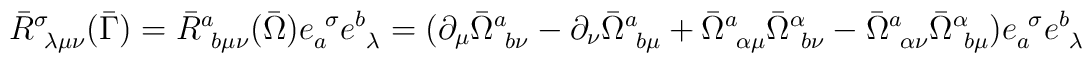
\bar{R}^\sigma_{~\lambda \mu \nu } (\bar{\Gamma}) =\bar{R}^a_{~b \mu \nu } (\bar{\Omega})  e_a^{~\sigma} e^b_{~\lambda} =( \partial_\mu \bar{\Omega}^a_{~b \nu} -\partial_\nu \bar{\Omega}^a_{~b \mu}+ \bar{\Omega}^a_{~\alpha \mu} \bar{\Omega}^\alpha_{~b \nu}- \bar{\Omega}^a_{~\alpha \nu} \bar{\Omega}^\alpha_{~b \mu} )e_a^{~\sigma} e^b_{~\lambda}